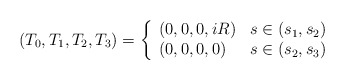
\begin{align*}(T_0,T_1,T_2,T_3)=\left\{\begin{array}{ll}(0,0,0,iR)&s\in(s_1,s_2)\\(0,0,0,0)&s\in(s_2,s_3)\end{array}\right.\end{align*}